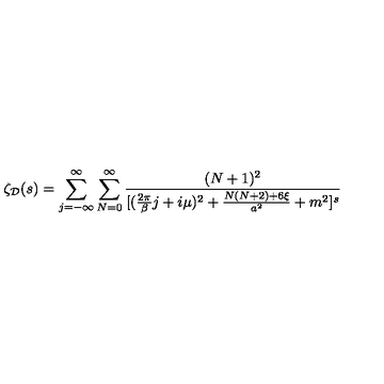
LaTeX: \zeta _ { \cal D } ( s ) = \sum _ { j = - \infty } ^ { \infty } \sum _ { N = 0 } ^ { \infty } { \frac { ( N + 1 ) ^ { 2 } } { [ ( { \frac { 2 \pi } { \beta } } j + i \mu ) ^ { 2 } + { \frac { N ( N + 2 ) + 6 \xi } { a ^ { 2 } } } + m ^ { 2 } ] ^ { s } } }